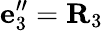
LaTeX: {\mathbf e}_{3}^{\prime\prime}={\mathbf R}_{3}